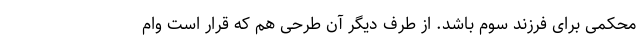
محکمی برای فرزند سوم باشد. از طرف دیگر آن طرحی هم که قرار است وام